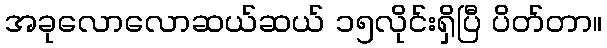
အခုလောလောဆယ်ဆယ် ၁၅လိုင်းရှိပြီ ပိတ်တာ။